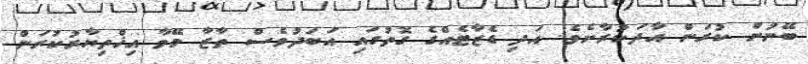
ބޭނުން ކުރަން އާދަކުރާށެވެ. އަދި ޑެޒާޓެއްގެ ގޮތުގައި އަބަދުވެސް ތާޒާ މޭވާ އިޚްތިޔާރުކުރަން